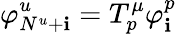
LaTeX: \varphi_{N^{u}+\mathbf{i}}^{u}=T_{p}^{\mu}\varphi_{\mathbf{i}}^{p}